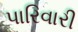
પારિવારી